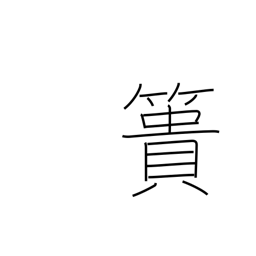
Meaning: earth-carrying basket